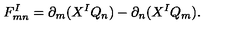
F _ { m n } ^ { I } = \partial _ { m } ( X ^ { I } Q _ { n } ) - \partial _ { n } ( X ^ { I } Q _ { m } ) .